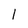
Character: 1